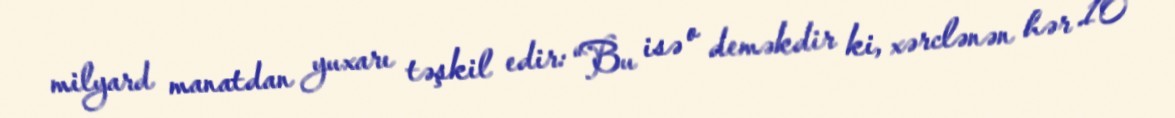
milyard manatdan yuxarı təşkil edir: “Bu isə o deməkdir ki, xərclənən hər 10